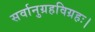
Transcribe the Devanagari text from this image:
सर्वानुग्रहविग्रहः।